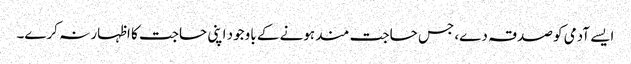
ایسے آدمی کو صدقہ دے، جس حاجت مند ہونے کے باوجود اپنی حاجت کا اظہار نہ کرے۔